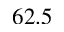
6 2 . 5